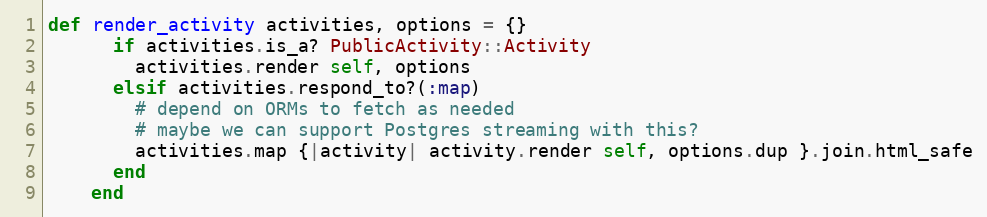
Language: Ruby
def render_activity activities, options = {}
      if activities.is_a? PublicActivity::Activity
        activities.render self, options
      elsif activities.respond_to?(:map)
        # depend on ORMs to fetch as needed
        # maybe we can support Postgres streaming with this?
        activities.map {|activity| activity.render self, options.dup }.join.html_safe
      end
    end